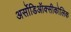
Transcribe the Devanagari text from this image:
अर्सोडिऑक्सीकोलिक